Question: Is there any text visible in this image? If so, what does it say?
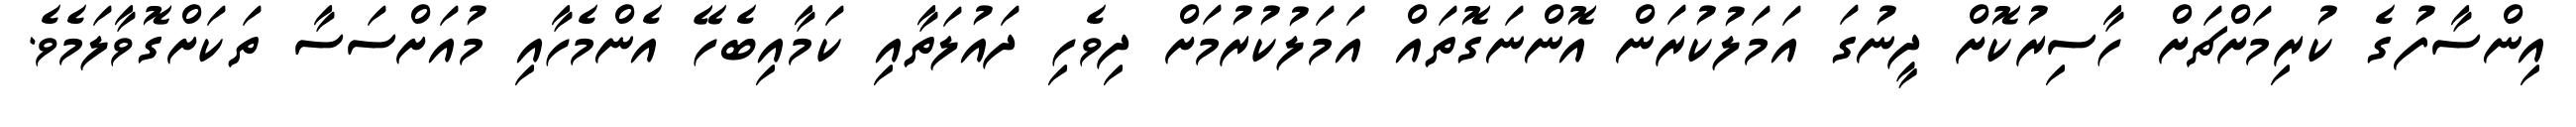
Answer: އިންސާފުގެ ކުރިމަށްޗަށް ހާސިރުކޮށް ދީނުގަ އަމަލުކުރަން އޮންނަގޮތައް އަމަލުކުރުމަށް ދިވެހި ދައުލަތާއި ކަމާއިބެހޭ އެންމެހާއި މުއަށްސަސާ ތަކަށްގޮވާލަމެވެ.